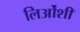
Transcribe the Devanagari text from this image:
लिओंशी